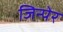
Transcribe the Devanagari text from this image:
जिन्पेर